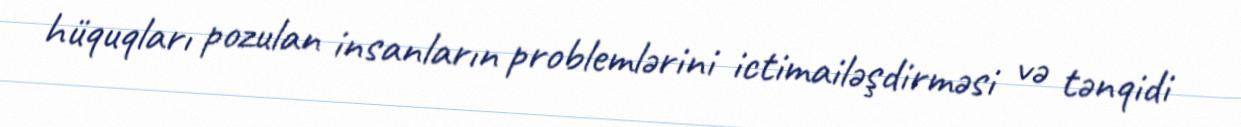
hüquqları pozulan insanların problemlərini ictimailəşdirməsi və tənqidi